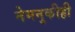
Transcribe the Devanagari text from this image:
नेमनुकीही